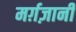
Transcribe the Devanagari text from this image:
मर्ग़ज़ानी